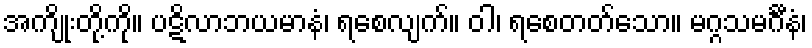
အကျိုးတို့ကို။ ပဋိလာဘယမာနံ၊ ရစေလျက်။ ဝါ၊ ရစေတတ်သော။ မဂ္ဂသမင်္ဂီနံ၊